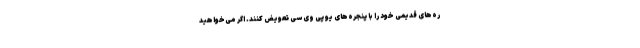
ره‌های قدیمی خود را با پنجره‌های یو پی وی سی تعویض کنند. اگر می‌خواهید